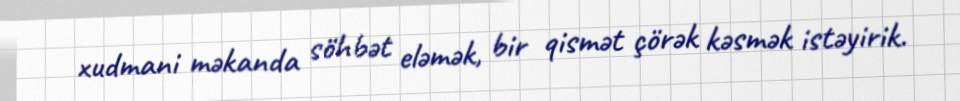
xudmani məkanda söhbət eləmək, bir qismət çörək kəsmək istəyirik.